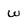
Character: w